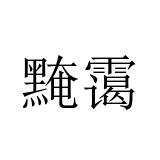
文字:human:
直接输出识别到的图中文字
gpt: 黤霭